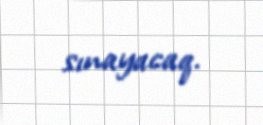
sınayacaq.